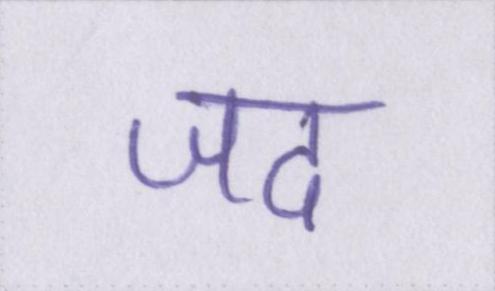
जद